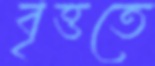
বৃত্ততে